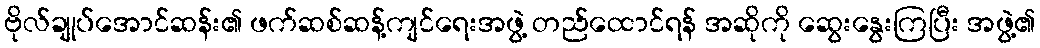
ဗိုလ်ချုပ်အောင်ဆန်း၏ ဖက်ဆစ်ဆန့်ကျင်ရေးအဖွဲ့ တည်ထောင်ရန် အဆိုကို ဆွေးနွေးကြပြီး အဖွဲ့၏